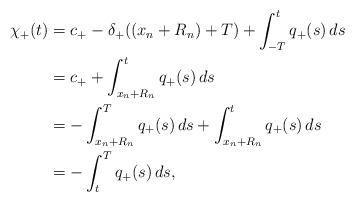
LaTeX: \begin{align*} \chi_{+}(t) & = c_{+} - \delta_{+}((x_n + R_n) + T) + \int_{-T}^t q_{+} (s)\, ds\\& = c_{+} + \int_{x_n + R_n}^t q_{+}(s) \, ds \\& = - \int_{x_n + R_n}^{T} q_{+}(s)\, ds + \int_{x_n + R_n}^t q_{+} (s)\, ds\\& = - \int_t^{ T} q_{+}(s)\, ds,\end{align*}